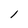
Character: l